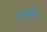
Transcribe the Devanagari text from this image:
पाएराइट